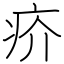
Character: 疥